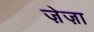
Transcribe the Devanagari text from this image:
ज़ेज़ा